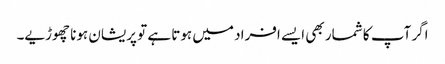
اگر آپ کا شمار بھی ایسے افراد میں ہوتا ہے تو پریشان ہونا چھوڑیے۔